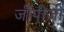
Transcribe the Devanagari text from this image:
जीपीजी